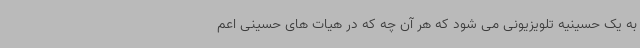
به یک حسینیه تلویزیونی می شود که هر آن چه که در هیات های حسینی اعم